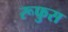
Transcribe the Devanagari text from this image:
रूफुस